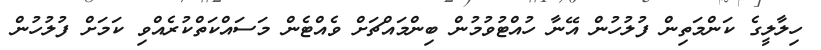
ހިލާލީގެ ކަންމަތިން ފުލުހުން އޭނާ ހުއްޓުވުމުން ބިންމައްޗަށް ވެއްޓެން މަސައްކަތްކުރެއްވި ކަމަށް ފުލުހުން